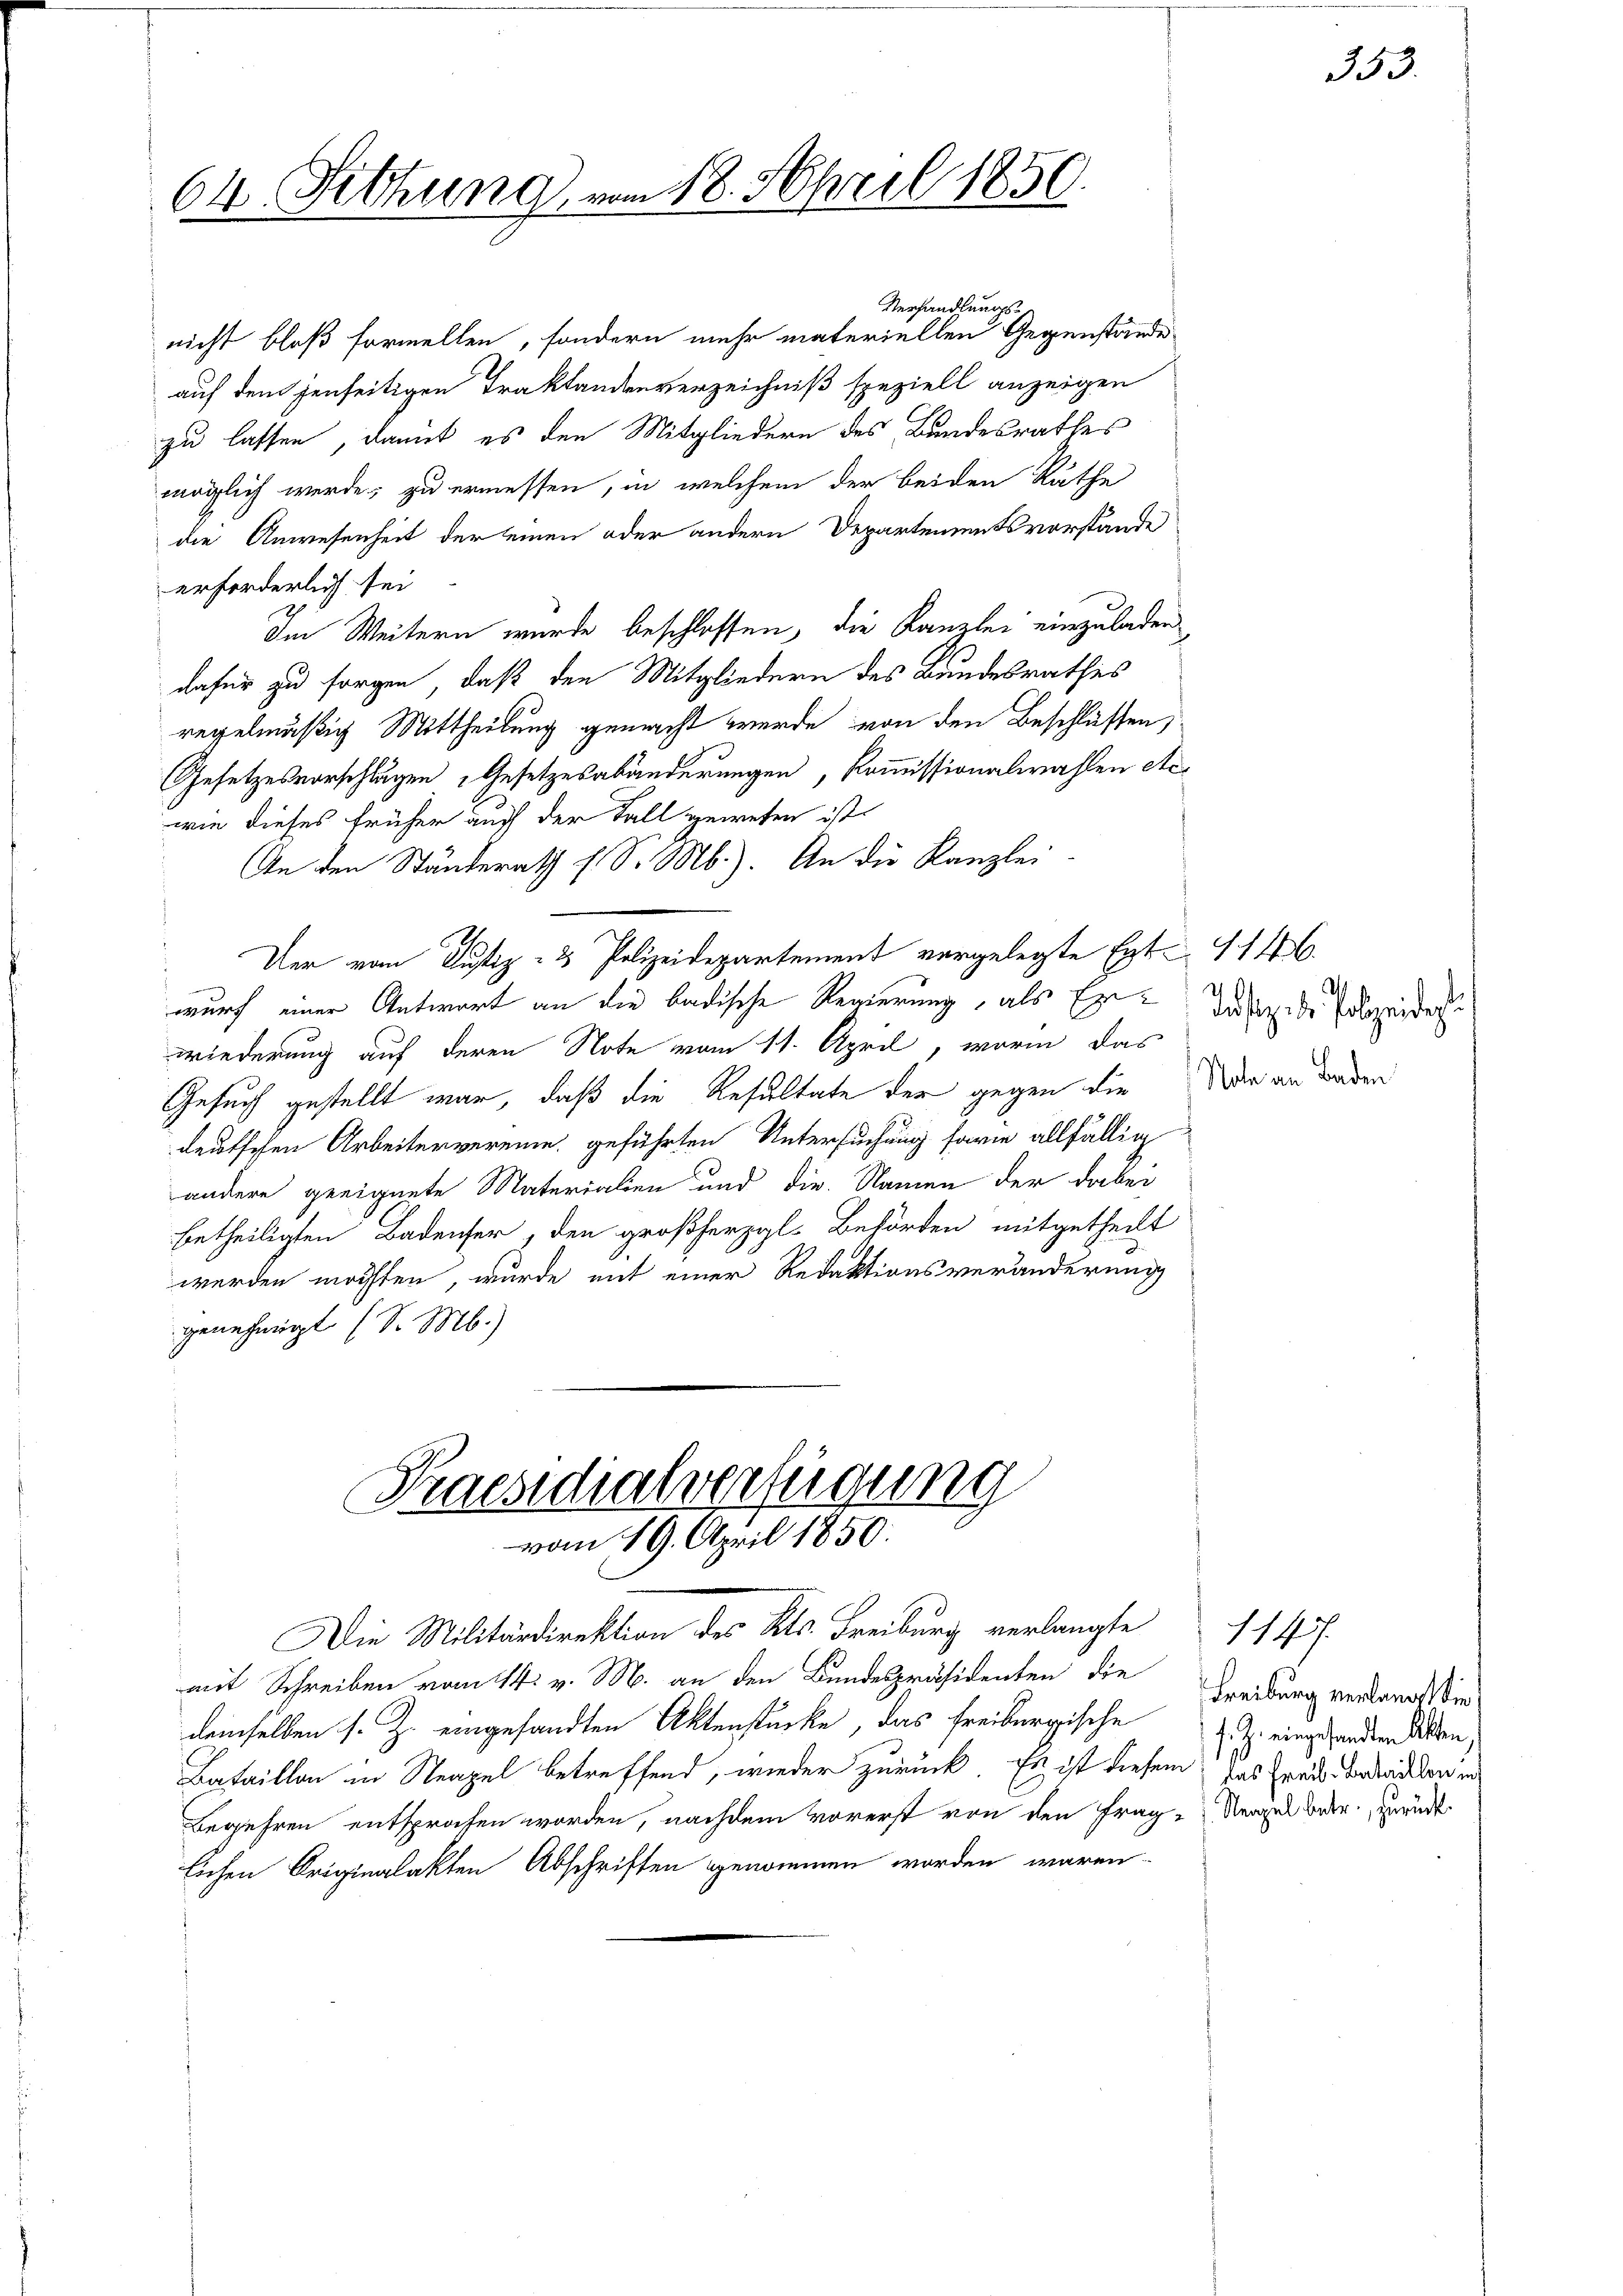
64. Sitzung, vom 18. April 1850.
d

Verhandlungsnicht bloß formellen, sondern mehr materiellen Gegenstände
auf dem jenseitigen Traktandenverzeichniß speziell anzeigen
zu lassen, damit es den Mitgliedern des Bundesrathes
möglich werde; zu ermessen, in welchem der beiden Räthe
die Anwesenheit der einen oder andern Departementsvorstände
erforderlich sei
Im Weitern wurde beschlossen, die Kanzlei einzuladen
dafür zu sorgen, daß den Mitgliedern des Bundesrathes
regelmäßig Mittheilung gemacht werde, von den Beschlüssen,
Gesetzesvorschlugen Gesetzesabänderungen, kommissionalwahlen etc.
wie dieses früher auch der Fall gewesen ist.
An den Ständerath 1 S. Mb.). An die Kanzlei
Der vom Justiz- & Polizeidepartement vorgelegte Ent- 1146

wurf einer Antwort an die badische Regierung, als Erwiederung auf deren Note vom 11. April, worin das
Gesuch gestellt war, daß die Resultate der gegen die
deutschen Arbeitervereine geführten Untersuchung sarie allfällig
andere geeignete Materialien und die Namen der dabei
betheiligten Badenser, den großherzgl. Behörden mitgetheilt
werden möchten, wurde mit einer Redaktionsveränderung
genehmigt (S. M.)

Praesidialverfügung
vom 19. April 1850.

Die Militärdirektion des Kts. Freiburg verlangte
mit Schreiben vom 14. v. M. an den Bundespräsidenten die
demselben s. Z. eingesandten Aktenstücke, das Freiburgische
Bataillon in Neapel betreffend, wieder zurück. Es ist diesem Ins Freis bedacht von in
Begehren entsprochen worden, nachdem vorerst von den Frag-Vergel beder, zurückt
lichen Originalakten Abschriften genommen worden wären.

Justiz ds Polizeidet.
Nate an Baden

1147

353.

Freiburg verlangt die
J. Z. eingesandten Alten,